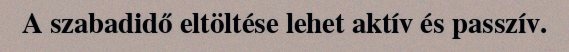
A szabadidő eltöltése lehet aktív és passzív.